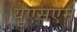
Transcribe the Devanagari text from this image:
युएसएम